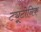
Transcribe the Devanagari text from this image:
ट्यूटोनिक